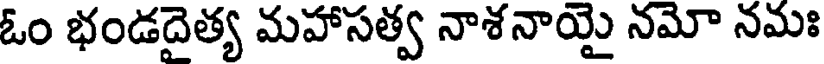
ఓం భండదైత్య మహాసత్వ నాశనాయై నమో నమః